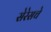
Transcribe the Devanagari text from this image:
सेरेसचे